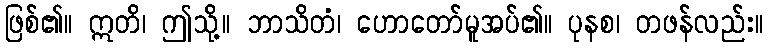
ဖြစ်၏။ ဣတိ၊ ဤသို့။ ဘာသိတံ၊ ဟောတော်မူအပ်၏။ ပုနစ၊ တဖန်လည်း။